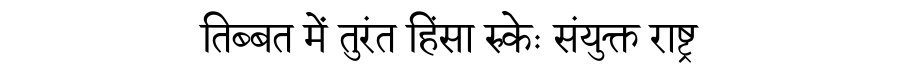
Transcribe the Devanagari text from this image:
तिब्बत में तुरंत हिंसा रुकेः संयुक्त राष्ट्र